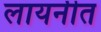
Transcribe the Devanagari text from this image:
लायनीत